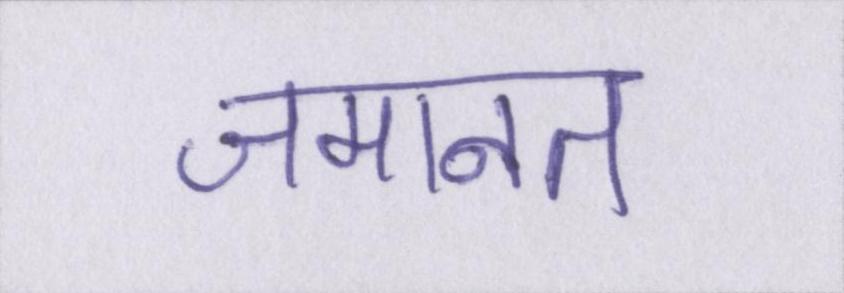
जमानत